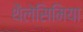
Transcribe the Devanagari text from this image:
थैलेसिमिया